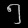
Digit: ၅